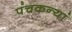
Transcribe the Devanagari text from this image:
पंचकन्यां